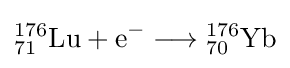
{{\mathrm {^{176}_{71}Lu} }{}+{}\mathrm {e} {\vphantom {A}}^{-}{}\mathrel {\longrightarrow } {}{\mathrm {^{176}_{70}Yb} }}